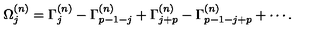
\Omega _ { j } ^ { ( n ) } = \Gamma _ { j } ^ { ( n ) } - \Gamma _ { p - 1 - j } ^ { ( n ) } + \Gamma _ { j + p } ^ { ( n ) } - \Gamma _ { p - 1 - j + p } ^ { ( n ) } + \cdots .